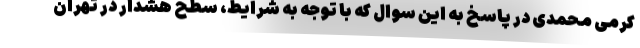
کرمی محمدی در پاسخ به این سوال که با توجه به شرایط، سطح هشدار در تهران